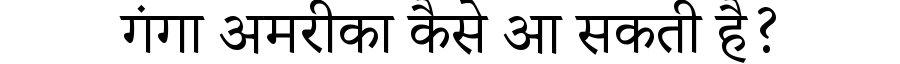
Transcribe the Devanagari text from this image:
गंगा अमरीका कैसे आ सकती है?